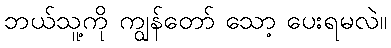
ဘယ်သူ့ကို ကျွန်တော် သော့ ပေးရမလဲ။